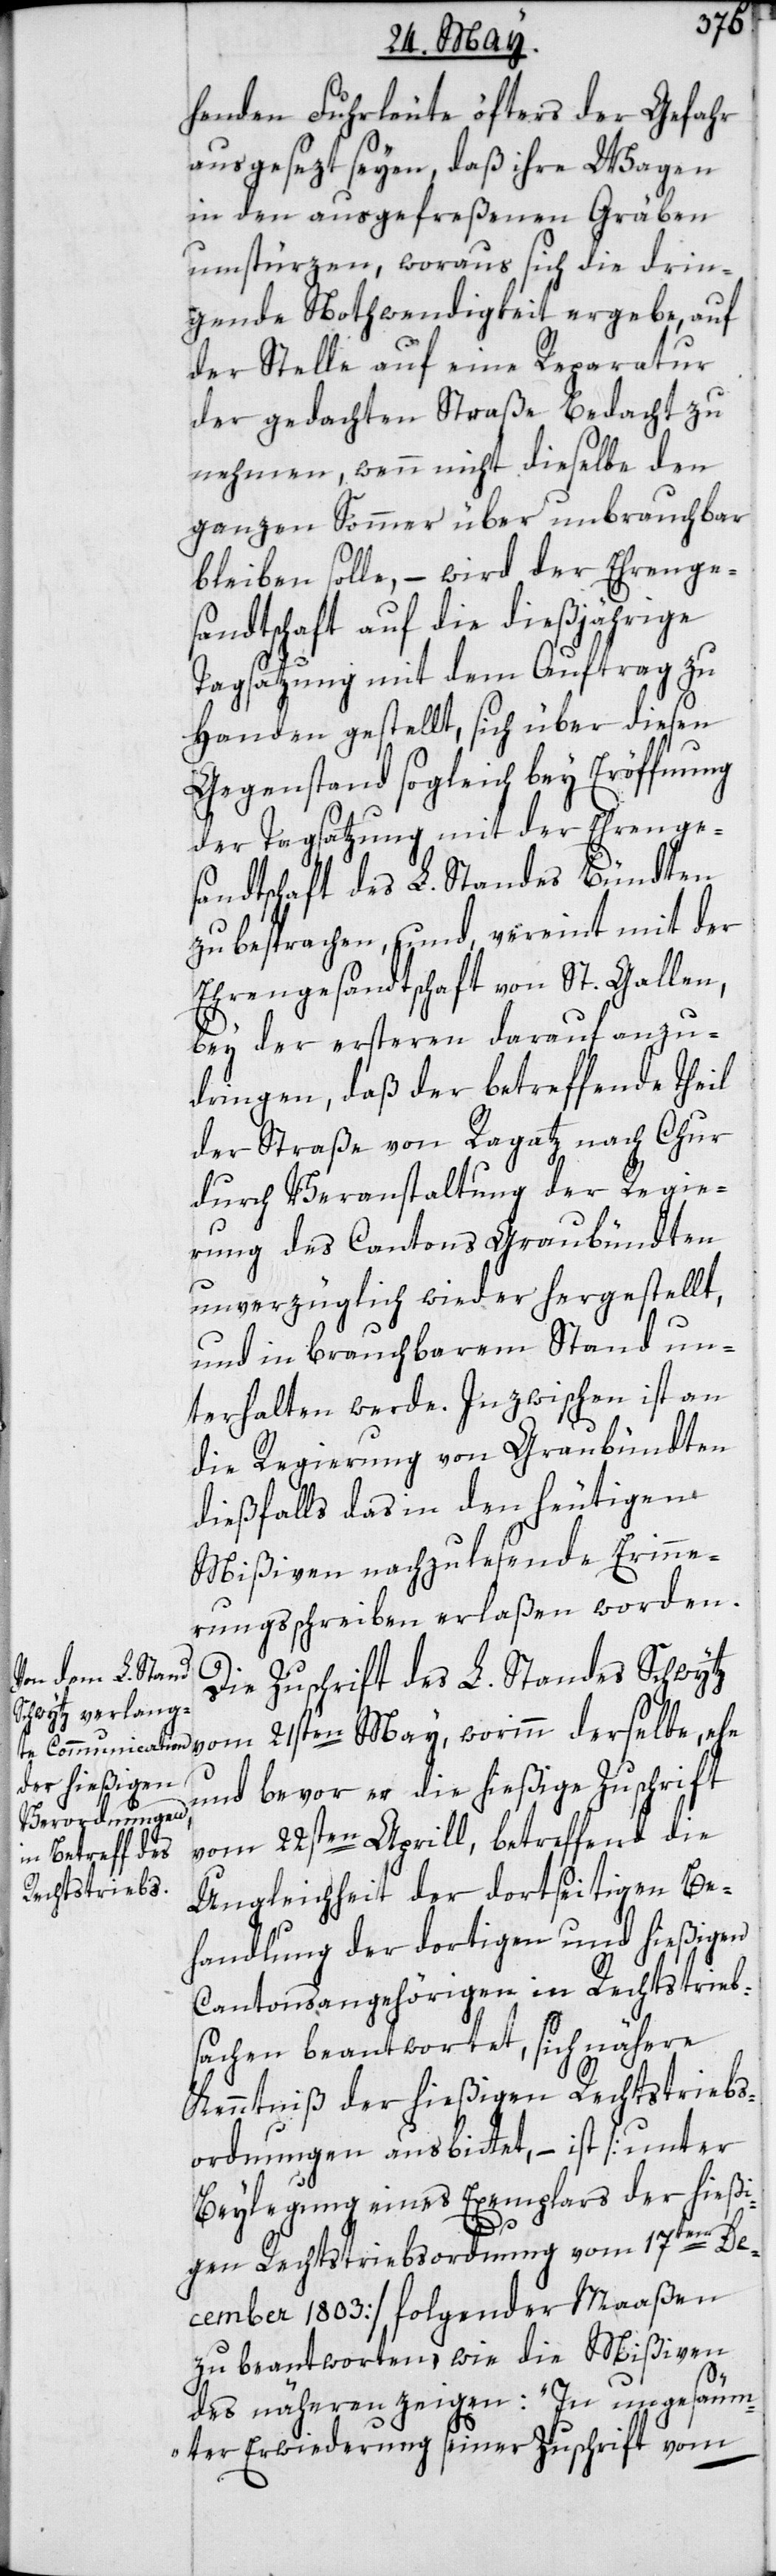
henden Fuhrleute öfters der Gefahr
ausgesezt seyen, daß ihre Wagen
in den ausgefreßenen Gräben
umstürzen, woraus sich die drin¬
gende Nothwendigkeit ergebe, auf
der Stelle auf eine Reparatur
der gedachten Straße Bedacht zu
nehmen, wenn nicht dieselbe den
ganzen Sommer über unbrauchbar
bleiben solle, – wird der Ehrenge¬
sandtschaft auf die dießjährige
Tagsatzung mit dem Auftrag zu
Handen gestellt, sich über diesen
Gegenstand sogleich bey Eröffnung
der Tagsatzung mit der Ehrenge¬
sandtschaft des L. Standes Bündten
zu besprachen, und vereint mit der
Ehrengesandtschaft von St. Gallen,
bey der ersteren darauf anzu¬
dringen, daß der betreffende Theil
der Straße von Ragatz nach Chur
durch Veranstaltung der Regie¬
rung des Cantons Graubündten
unverzüglich wieder hergestellt,
und in brauchbarem Stand un¬
terhalten werde. Inzwischen ist an
die Regierung von Graubündten
dießfalls das in den heutigen
Mißiven nachzulesende Erinne¬
rungsschreiben erlaßen worden.
Die Zuschrift des L. Standes Schwytz
und bevor er die hießige Zuschrift
vom 22sten Aprill, betreffend die
Ungleichheit der dortseitigen Be¬
handlung der dortigen und hießigen
Cantonsangehörigen in Rechtstrieb-S¬
achen beantwortet, sich nähere
Kenntniß der hießigen Rechtstrieb¬
s-Ordnungen ausbittet, – ist [unter
Beylegung eines Exemplars der hießi¬
gen Rechtstriebs-Ordnung vom 17ten De¬
cember 1803.] folgender Maaßen
zu beantworten, wie die Mißiven
das nähern zeigen: „In ungesäum¬
ter Erwiderung seiner Zuschrift vom